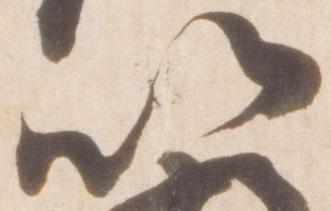
以